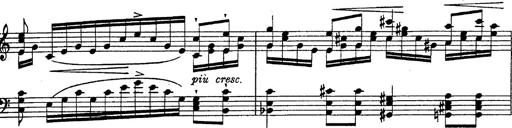
Title: Fantasie Ã¼ber Themen aus Mozarts Figaro und Don Giovanni
Composer: Franz Liszt